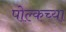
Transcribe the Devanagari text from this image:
पोल्कच्या